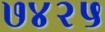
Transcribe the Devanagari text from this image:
७४२५